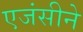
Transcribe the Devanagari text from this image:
एजंसीने